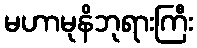
မဟာမုနိဘုရားကြီး